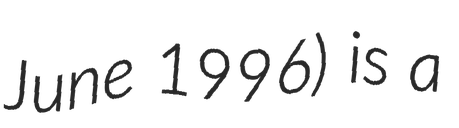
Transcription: June 1996) is a